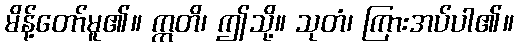
မိန့်တော်မူ၏။ ဣတိ၊ ဤသို့။ သုတံ၊ ကြားအပ်ပါ၏။